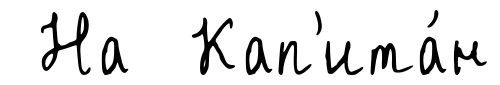
На Кап'ита́н